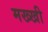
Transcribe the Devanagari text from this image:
मख्खी